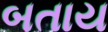
બતાય